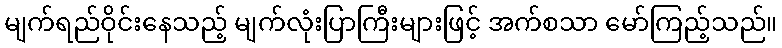
မျက်ရည်ဝိုင်းနေသည့် မျက်လုံးပြာကြီးများဖြင့် အက်စသာ မော်ကြည့်သည်။